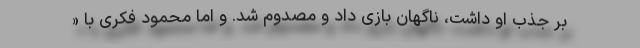
بر جذب او داشت، ناگهان بازی داد و مصدوم شد. و اما محمود فکری با «